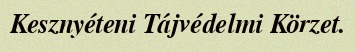
Kesznyéteni Tájvédelmi Körzet.